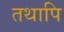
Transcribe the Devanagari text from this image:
तथापि